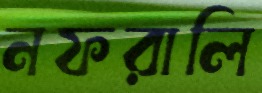
নফরালি